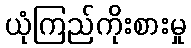
ယုံကြည်ကိုးစားမှု